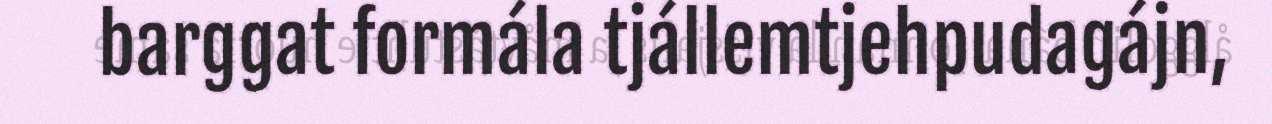
barggat formála tjállemtjehpudagájn,